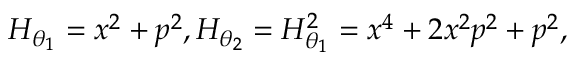
H _ { \boldsymbol \theta _ { 1 } } = x ^ { 2 } + p ^ { 2 } , H _ { \boldsymbol \theta _ { 2 } } = H _ { \boldsymbol \theta _ { 1 } } ^ { 2 } = x ^ { 4 } + 2 x ^ { 2 } p ^ { 2 } + p ^ { 2 } ,